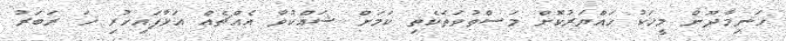
ހަނިމާދޫން މީހަކު ހައްޔަރުކޮށް މަސްތުވަތަކެތި ކަމަށް ޝައްކުވާ އެއްޗެއް އަޅާފައިހުރި ހަ ރަބަރު